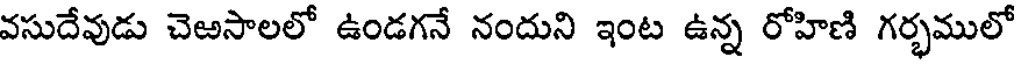
వసుదేవుడు చెఱసాలలో ఉండగనే నందుని ఇంట ఉన్న రోహిణి గర్భములో